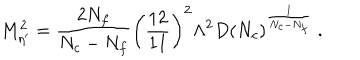
M _ { \eta ^ { \prime } } ^ { 2 } = \frac { 2 N _ { f } } { N _ { c } - N _ { f } } \left( \frac { 1 2 } { 1 1 } \right) ^ { 2 } \Lambda ^ { 2 } D \left( N _ { c } \right) ^ { \frac { 1 } { N _ { c } - N _ { f } } } \ .